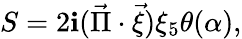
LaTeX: S=2\mathbf{i}(\vec{{\Pi}}\cdot\vec{{\xi}})\xi_{5}\theta(\alpha),